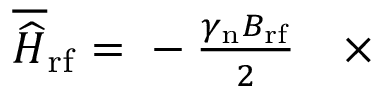
\begin{array} { r l } { \overline { { \widehat { H } } } _ { \mathrm { r f } } ~ { = } ~ - \frac { \gamma _ { \mathrm { n } } B _ { \mathrm { r f } } } { 2 } } & { { } \times } \end{array}